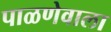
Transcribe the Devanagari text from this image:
पाळणेवाला